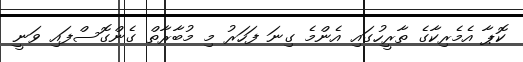
ކޮޕާ އެމެރިކާގެ ތާރީހުގައި އެންމެ ގިނަ ފަހަރު މި މުބާރާތް ގެންގޮސްފައި ވަނީ